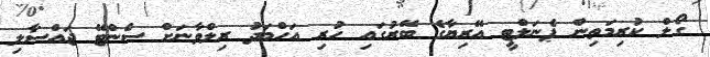
ގޯލް ކުރިމަތިން ޕެނަލްޓީ އޭރިޔާގެ ބޭރުގައި ހުރި އަހްމަދު ރިލްވާނަަށް ސެންޓޭ ޖައްސާލި